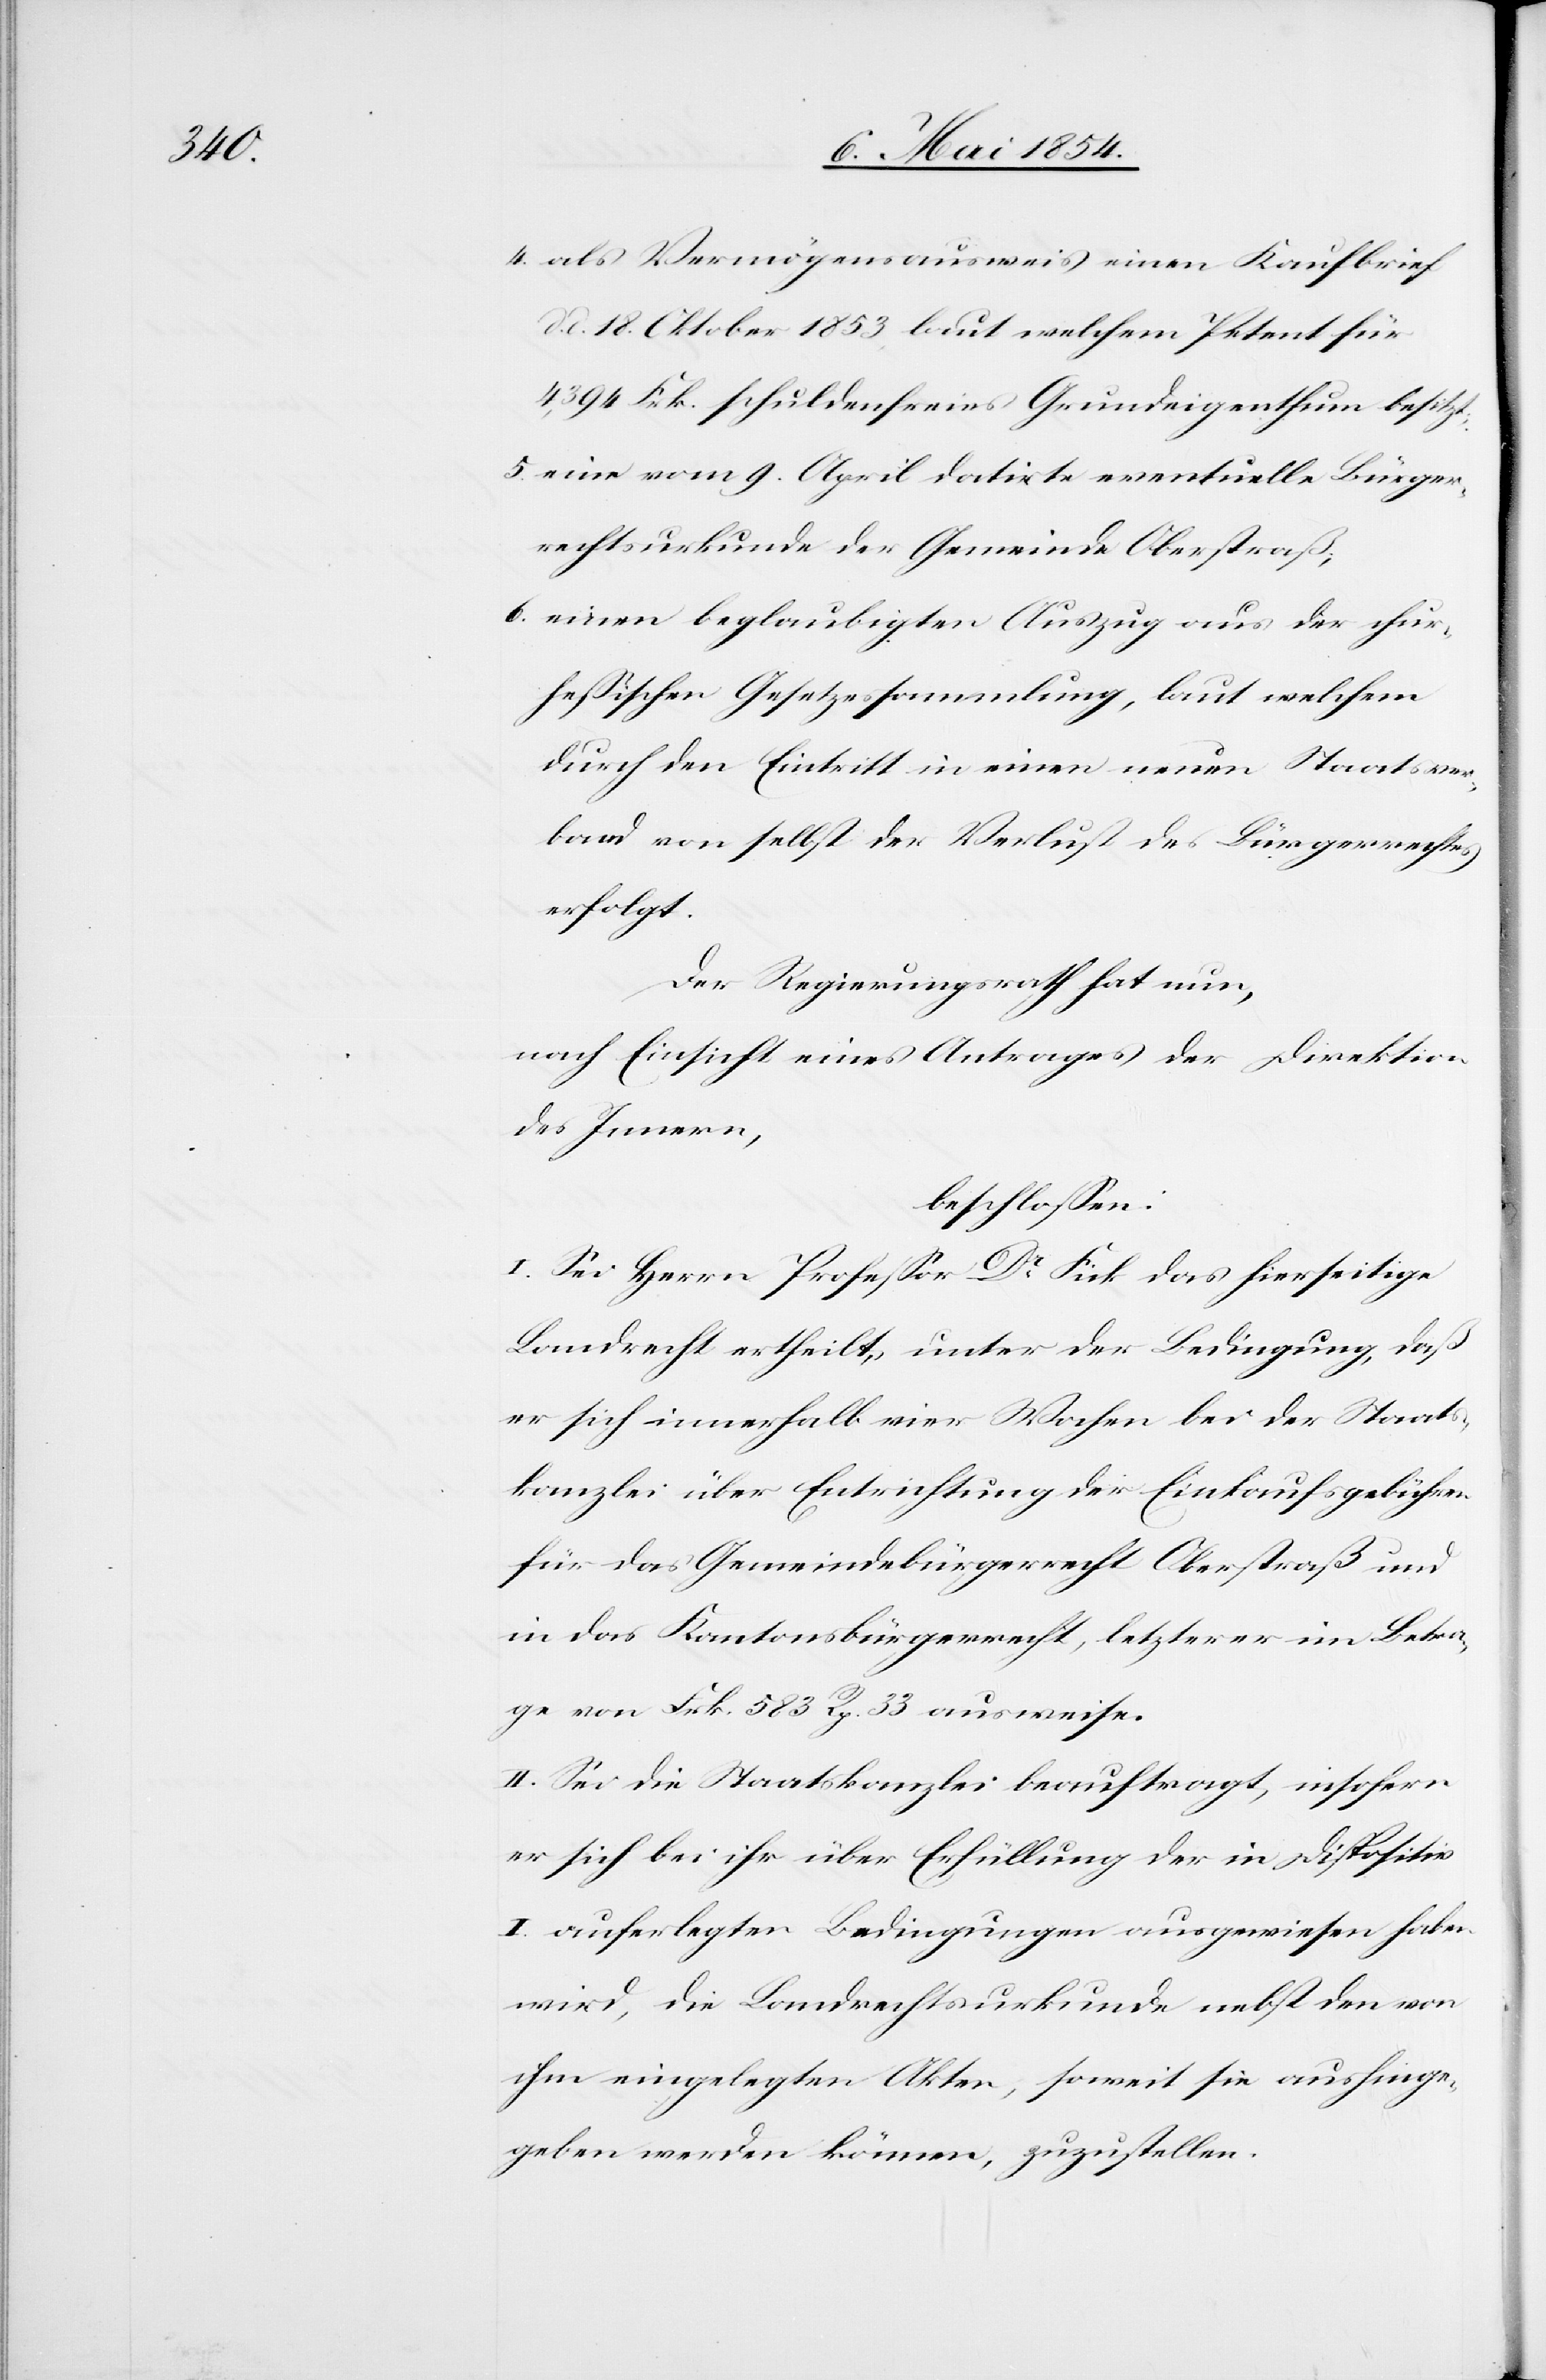
4. als Vermögensausweis einen Kaufbrief
d. 18. Oktober 1853, laut welchem Petent für
4,394 Frk. schuldenfreies Grundeigenthum besitzt;
5. eine vom 9. April datirte eventuelle Bürger¬
rechtsurkunde der Gemeinde Oberstraß;
6. einen beglaubigten Auszug aus der chu¬
r-heßischen Gesetzessammlung, laut welchem
durch den Eintritt in einen neuen Staatsver¬
band von selbst der Verlust des Bürgerrechtes
erfolgt.
Der Regierungsrath hat nun,
nach Einsicht eines Antrages der Direktion
des Innern,
beschloßen:
I. Sei Herrn Profeßor Dr Fick das hierseitige
Landrecht ertheilt, unter der Bedingung, daß
er sich innerhalb vier Wochen bei der Staats¬
kanzlei über Entrichtung der Einkaufsgebühren
für das Gemeindebürgerrecht Oberstraß und
in das Kantonsbürgerecht, letzterer im Betra¬
ge von Frk. 583. Rp. 33 ausweise.
II. Sei die Staatskanzlei beauftragt, insofern
er sich bei ihr über Erfüllung der in Dispositiv
I. auferlegten Bedingungen ausgewiesen haben
wird, die Landrechtsurkunde nebst den von
ihm eingelegten Akten, soweit sie aushinge¬
geben werden können, zuzustellen.